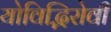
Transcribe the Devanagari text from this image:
योविद्भिरोवी